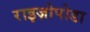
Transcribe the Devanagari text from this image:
राइज़ोपोडा